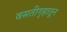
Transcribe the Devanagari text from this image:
वसतीगृहातून